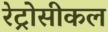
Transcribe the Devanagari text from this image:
रेट्रोसीकल